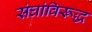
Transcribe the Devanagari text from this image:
संघांविरूद्ध